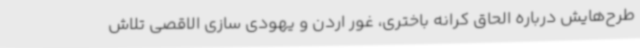
طرح‌هایش درباره الحاق کرانه باختری، غور اردن و یهودی سازی الاقصی تلاش